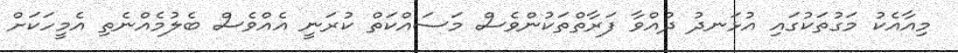
މިއާއެކު މަގުތަކުގައި އުޅަނދު ދުއްވާ ފަރާތްތަކުންވެސް މަސައްކަތް ކުރަނީ އެއްވެސް ބެލުމެއްނެތި އެމީހަކަށް